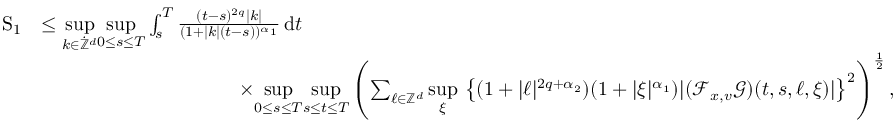
\begin{array} { r l } { \mathrm { S } _ { 1 } } & { \leq \underset { k \in \dot { \mathbb Z } ^ { d } } { \operatorname* { s u p } } \underset { 0 \leq s \leq T } { \operatorname* { s u p } } \int _ { s } ^ { T } \frac { ( t - s ) ^ { 2 q } \vert k \vert } { ( 1 + \vert k \vert ( t - s ) ) ^ { \alpha _ { 1 } } } \, \mathrm { d } t } \\ & { \qquad \qquad \qquad \qquad \qquad \times \underset { 0 \leq s \leq T } { \operatorname* { s u p } } \underset { s \leq t \leq T } { \operatorname* { s u p } } \left( \sum _ { \ell \in \mathbb Z ^ { d } } \underset { \xi } { \operatorname* { s u p } } \, \left\lbrace ( 1 + \vert \ell \vert ^ { 2 q + \alpha _ { 2 } } ) ( 1 + \vert \xi \vert ^ { \alpha _ { 1 } } ) \vert ( \mathcal { F } _ { x , v } \mathcal { G } ) ( t , s , \ell , \xi ) \vert \right\rbrace ^ { 2 } \right) ^ { \frac { 1 } { 2 } } , } \end{array}